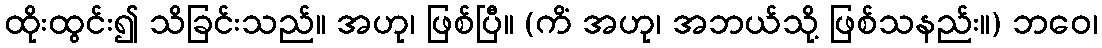
ထိုးထွင်း၍ သိခြင်းသည်။ အဟု၊ ဖြစ်ပြီ။ (ကိံ အဟု၊ အဘယ်သို့ ဖြစ်သနည်း။) ဘဝေ၊